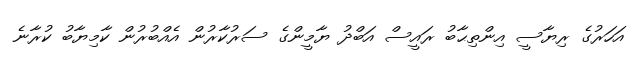
އަހަރުގެ ރިޔާސީ އިންތިޙާބު ރައީސް އަބްދު ޔާމީންގެ ސަރުކާރުން އެއްބުރުން ކާމިޔާބު ކުރާނެ